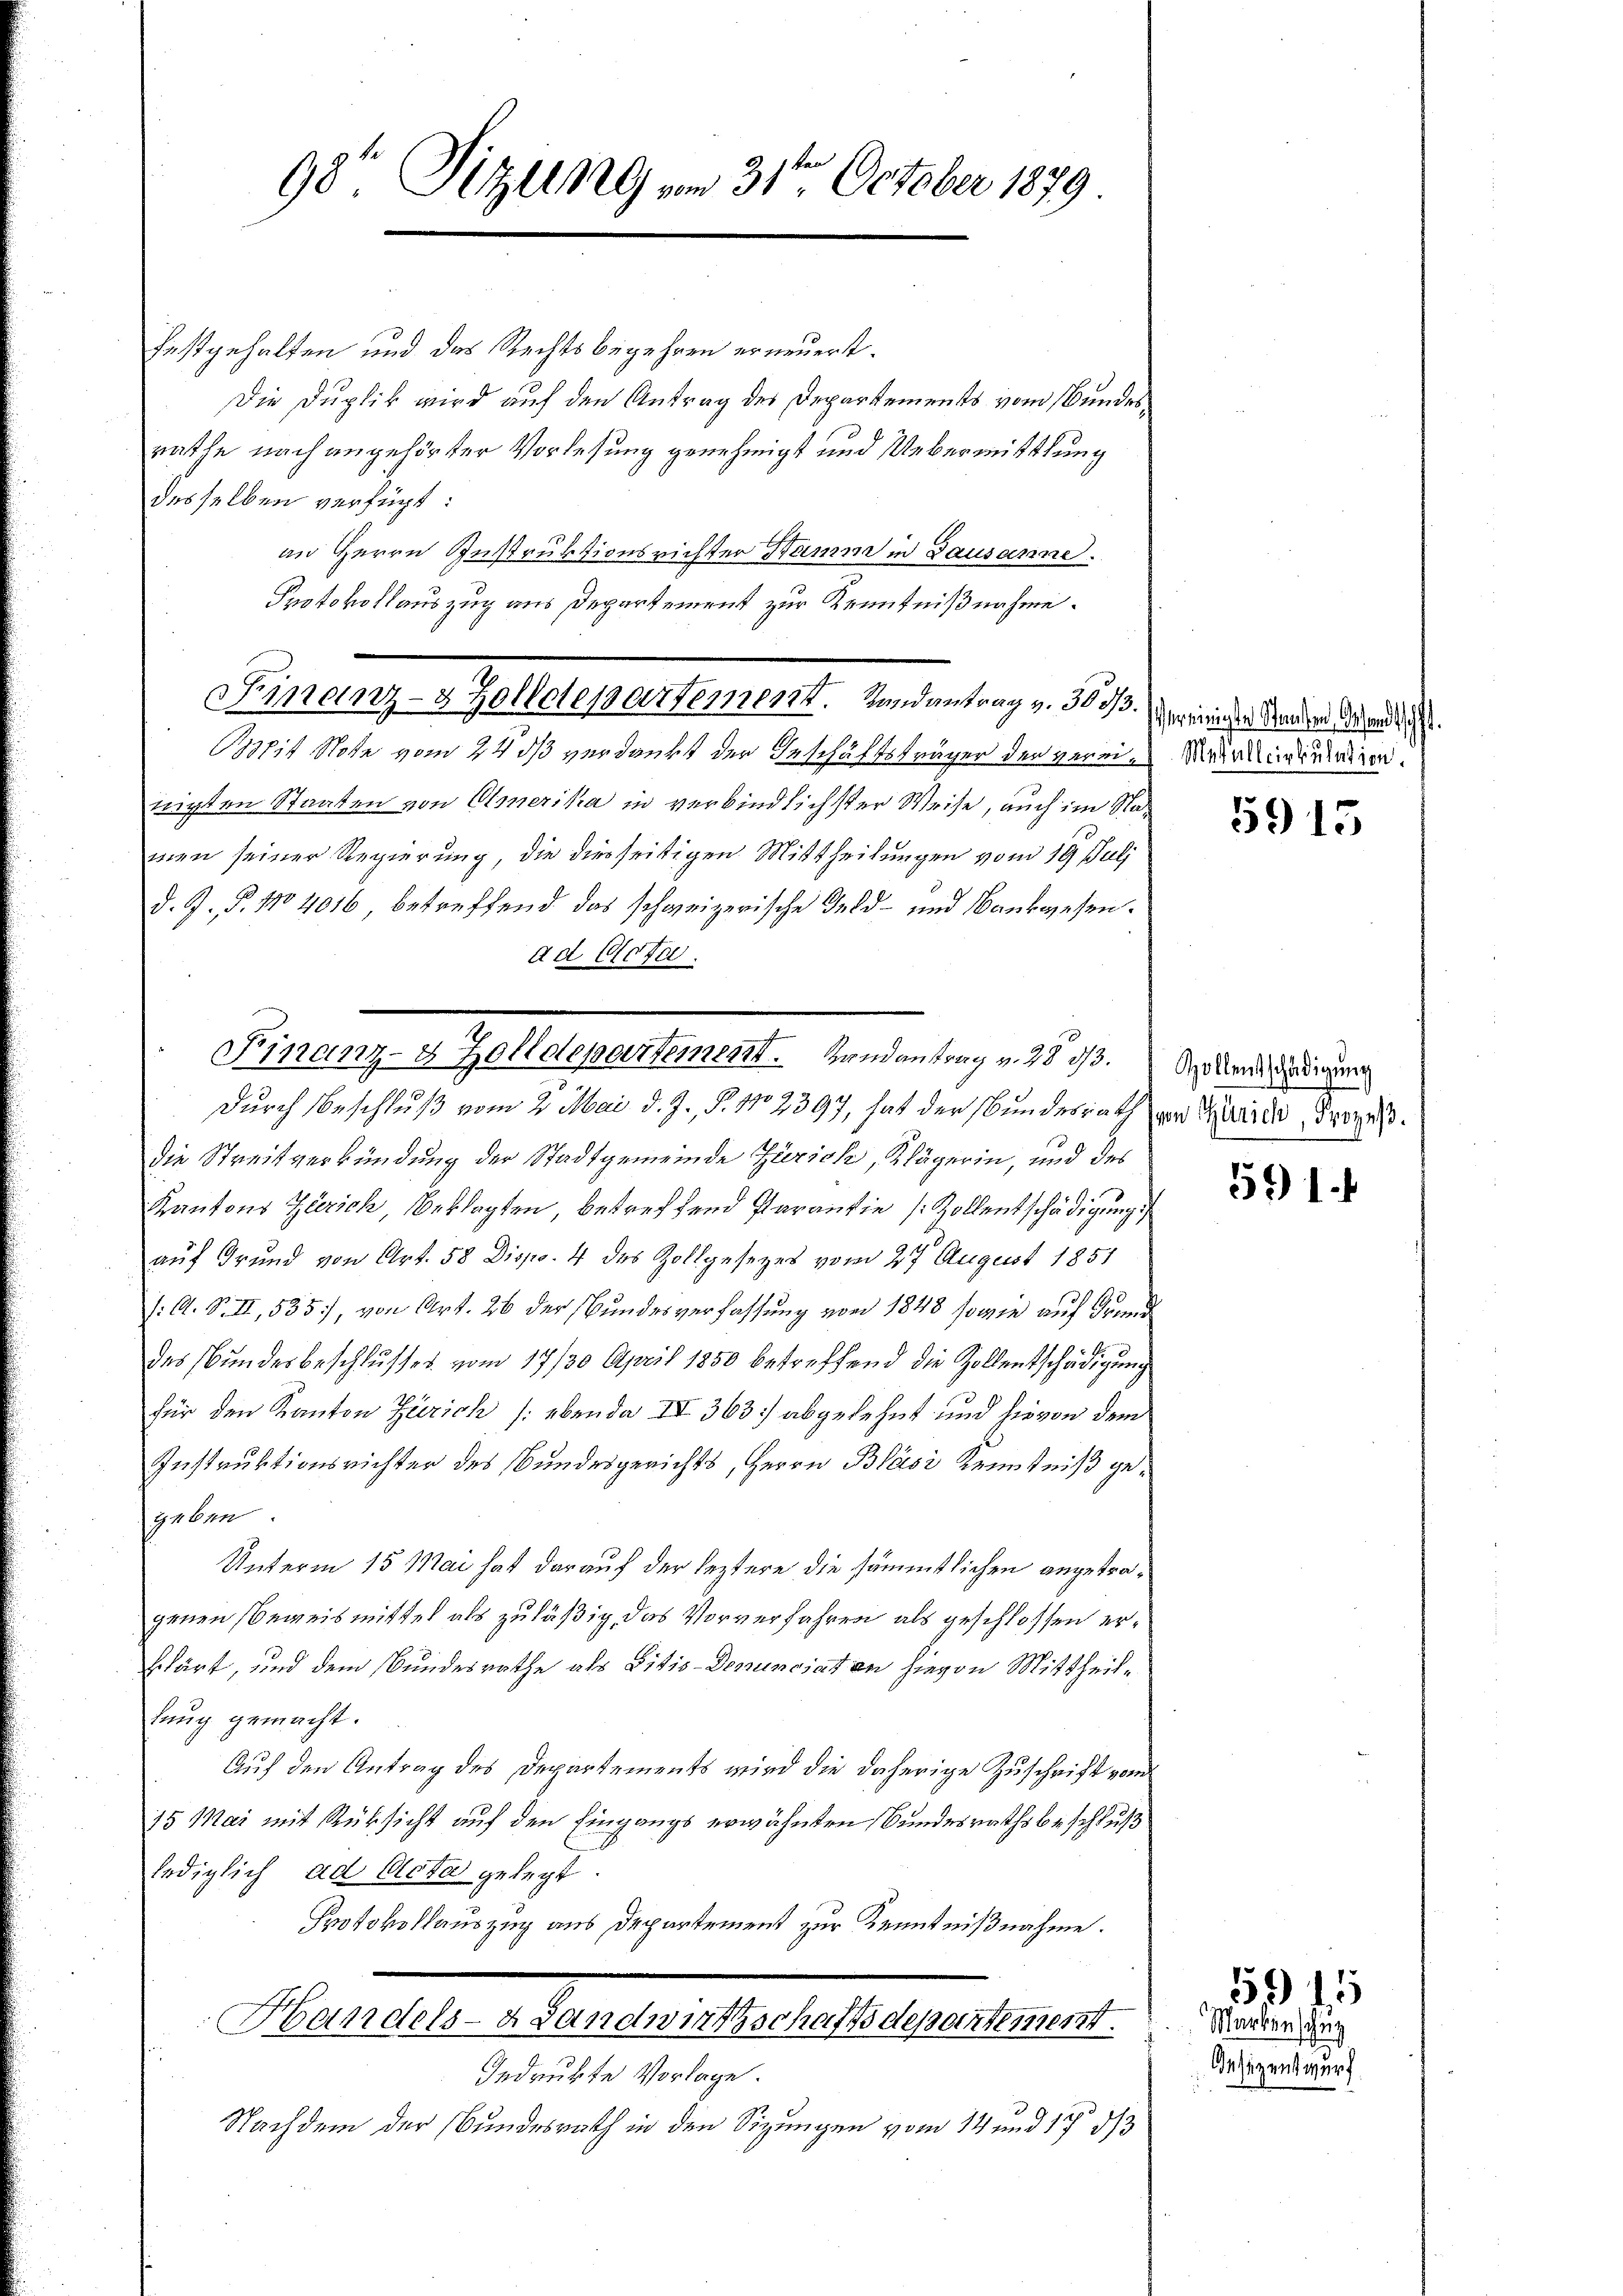
98te Sitzung vom 31ten October 1879

Festgehalten und das Rechtsbegehren erneuerst.
Die Duplik wird auf den Antrag des Departements vom Bundes
rathe nach angehörter Vorlesung genehmigt und Uebermittlung
desselben verfügt:
an Herrn Instruktionsrichter Damm in Lausanne.
Btit Note vom 24. ds verdankt der Geschäftsträger der vereizeigten Staaten von Emerika in verbindlichster Weise, auch im Namen seiner Regierung, die diesseitigen Mittheilungen vom 19. Juli
d. G. P. No 4016, betreffend das schweizerische Feld- und Bankwesen.
ad Gott.
Durch Beschluß vom 2. Mai d. J. P. 1102397, hat der Bundesrath von Marile, Prozeß¬
Die Streitverkündung der Stadtgemeinde Zürich Klägerin, und des
Kantons Zürich, Beklagten, betreffend Parantie (Zollentschädigung
auf Grund von Art. 58 Disp. 4 des Zollgesetzes vom 27. August 1851
/: A. S. II, 535], von Art. 26 der Bundesverfassung von 1848 sowie auf Grund
des Bundesbeschlusses vom 17/30. April 1850 betreffend die Zollentschädigung
für den Kanton Zürich /: ebenda IV 363] abgelehnt und hievon dem
Instruktionsrichter des Bundesgerichts, Herrn Bläsi Kenntniß gegeben
Unterm 15. Mai hat darauf der leztere die sämmtlichen angetragenen Beweismittel als zuläßig, das Vorverfahren als geschlossen erklärt, und dem Bundesrathe als Litis-Denunciation hievon Mittheillung gemacht.
Auf den Antrag des Departements wird die daherige Zuschrift vom
15 Mai mit Rüksicht auf den Eingangs erwähnten Bundesrathsbeschluß
lediglich ad Acta gelegt.
Protokollauszug aus Departement zur Kenntnißnahme.
Handels- & Landwirtschaftsdepartement.
Iedrukte Vorlage.
Nachdem der Bundesrath in den Sizungen vom 14 und 17 d

Protokollauszug aus Departement zur Kenntnißnahme.
Finanze Seele ersten ist. Einsentingen d. h.

Finanz- & Zolldepartement. Randantrag v. 28. 313.

ereinigte Standen, Gesandtschaf
Metallcirkulation.

5915

Zollentschädigung

591.

15
Marken schuz
Oesezentwurf